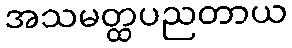
အသမတ္ထပညတာယ